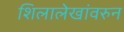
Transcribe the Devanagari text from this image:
शिलालेखांवरुन